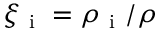
\xi _ { \mathrm { ~ i ~ } } = \rho _ { \mathrm { ~ i ~ } } / \rho